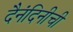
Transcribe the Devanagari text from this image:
दैनंदिनीची